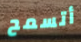
أتسمح